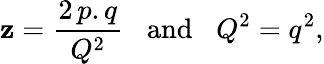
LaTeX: \mathbf{z}=\frac{{2\, p.q}}{{Q^{2}}}\, \, \, \, \, \mathrm{{and}}\, \, \, \, \, Q^{2}=q^{2},